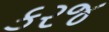
કરજ